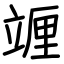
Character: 竰